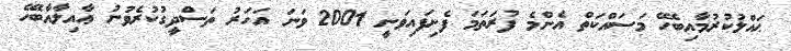
ޙައްލުކުރުމާއިބެހޭ މަސައްކަތް އެންމެ ފުރަތަމަ ފެށިފައިވަނީ 2001 ވަނަ އަހަރު ތަސްދީގުކުރެވުނު ޢާއިލާއާބެހޭ